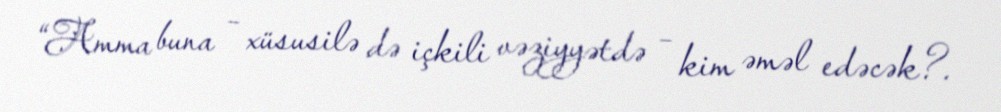
“Amma buna – xüsusilə də içkili vəziyyətdə – kim əməl edəcək?.